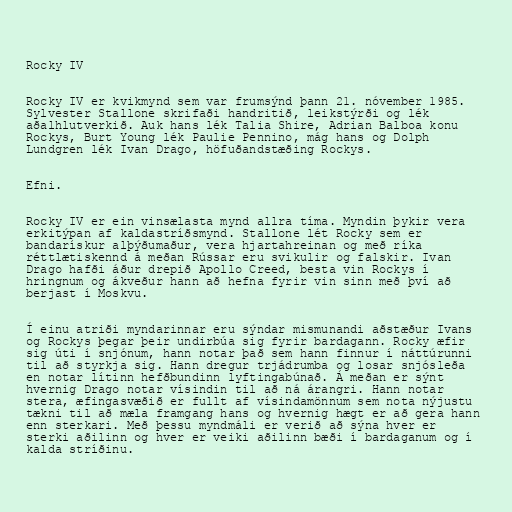
Rocky IV

Rocky IV er kvikmynd sem var frumsýnd þann 21. nóvember 1985.
Sylvester Stallone skrifaði handritið, leikstýrði og lék
aðalhlutverkið. Auk hans lék Talia Shire, Adrian Balboa konu
Rockys, Burt Young lék Paulie Pennino, mág hans og Dolph
Lundgren lék Ivan Drago, höfuðandstæðing Rockys.

Efni.

Rocky IV er ein vinsælasta mynd allra tíma. Myndin þykir vera
erkitýpan af kaldastríðsmynd. Stallone lét Rocky sem er
bandarískur alþýðumaður, vera hjartahreinan og með ríka
réttlætiskennd á meðan Rússar eru svikulir og falskir. Ivan
Drago hafði áður drepið Apollo Creed, besta vin Rockys í
hringnum og ákveður hann að hefna fyrir vin sinn með því að
berjast í Moskvu.

Í einu atriði myndarinnar eru sýndar mismunandi aðstæður Ivans
og Rockys þegar þeir undirbúa sig fyrir bardagann. Rocky æfir
sig úti í snjónum, hann notar það sem hann finnur í náttúrunni
til að styrkja sig. Hann dregur trjádrumba og losar snjósleða
en notar lítinn hefðbundinn lyftingabúnað. Á meðan er sýnt
hvernig Drago notar vísindin til að ná árangri. Hann notar
stera, æfingasvæðið er fullt af vísindamönnum sem nota nýjustu
tækni til að mæla framgang hans og hvernig hægt er að gera hann
enn sterkari. Með þessu myndmáli er verið að sýna hver er
sterki aðilinn og hver er veiki aðilinn bæði í bardaganum og í
kalda stríðinu.